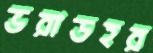
ভরাডহর